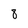
Character: 8